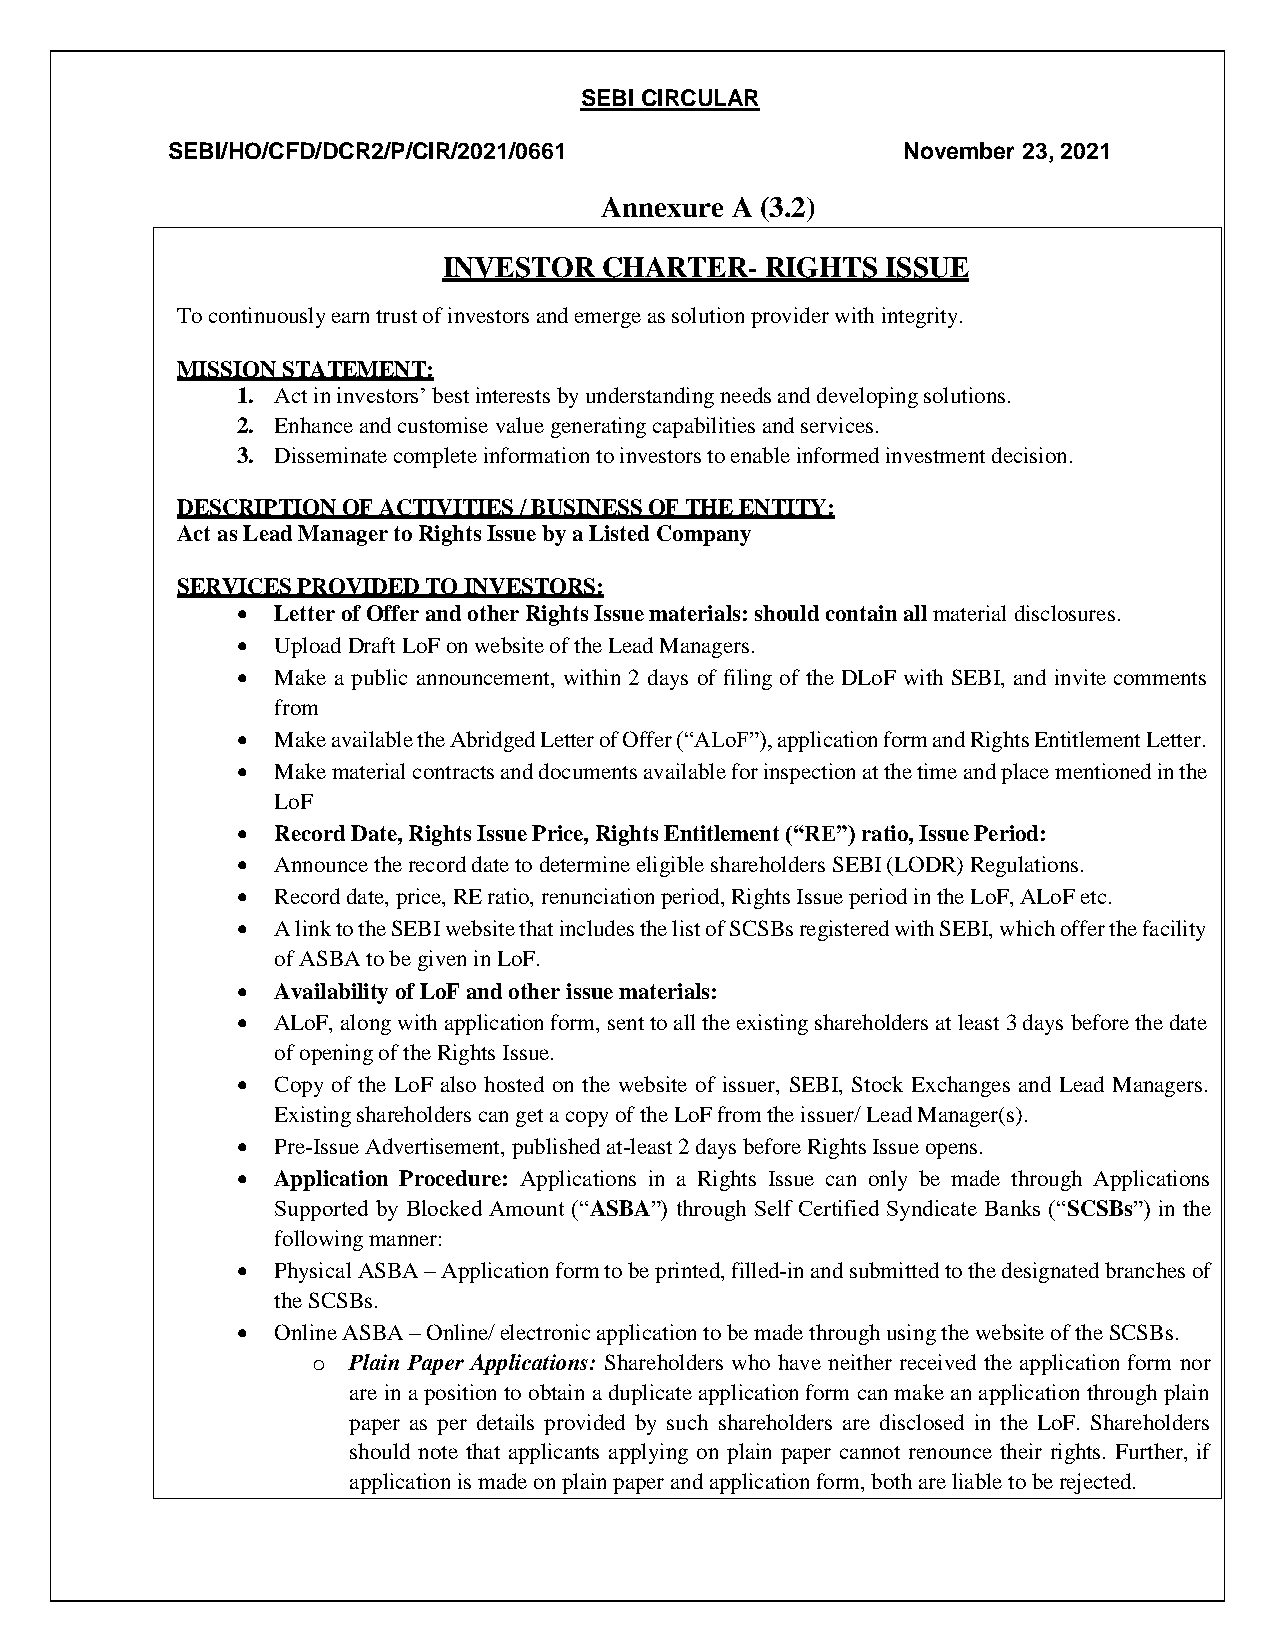
SEBI CIRCULAR
 SEBI/HO/CFD/DCR2/P/CIR/2021/0661                 November 23, 2021
 Annexure A (3.2)
 INVESTOR   CHARTER-   RIGHTS  ISSUE
 To continuously earn trust of investors and emerge as solution provider with integrity.
 MISSION STATEMENT:
 1. Act in investors’ best interests by understanding needs and developing solutions.
 2. Enhance and customise value generating capabilities and services.
 3. Disseminate complete information to investors to enable informed investment decision.
 DESCRIPTION OF ACTIVITIES / BUSINESS OF THE ENTITY:
 Act as Lead Manager to Rights Issue by a Listed Company
 SERVICES PROVIDED TO INVESTORS:
  Letter of Offer and other Rights Issue materials: should contain all material disclosures.
  Upload Draft LoF on website of the Lead Managers.
  Make a public announcement, within 2 days of filing of the DLoF with SEBI, and invite comments
 from
  Make available the Abridged Letter of Offer (“ALoF”), application form and Rights Entitlement Letter.
  Make material contracts and documents available for inspection at the time and place mentioned in the
 LoF
  Record Date, Rights Issue Price, Rights Entitlement (“RE”) ratio, Issue Period:
  Announce the record date to determine eligible shareholders SEBI (LODR) Regulations.
  Record date, price, RE ratio, renunciation period, Rights Issue period in the LoF, ALoF etc.
  A link to the SEBI website that includes the list of SCSBs registered with SEBI, which offer the facility
 of ASBA to be given in LoF.
  Availability of LoF and other issue materials:
  ALoF, along with application form, sent to all the existing shareholders at least 3 days before the date
 of opening of the Rights Issue.
  Copy of the LoF also hosted on the website of issuer, SEBI, Stock Exchanges and Lead Managers.
 Existing shareholders can get a copy of the LoF from the issuer/ Lead Manager(s).
  Pre-Issue Advertisement, published at-least 2 days before Rights Issue opens.
  Application Procedure: Applications in a Rights Issue can only be made through Applications
 Supported by Blocked Amount (“ASBA”) through Self Certified Syndicate Banks (“SCSBs”) in the
 following manner:
  Physical ASBA – Application form to be printed, filled-in and submitted to the designated branches of
 the SCSBs.
  Online ASBA – Online/ electronic application to be made through using the website of the SCSBs.
 o Plain Paper Applications: Shareholders who have neither received the application form nor
 are in a position to obtain a duplicate application form can make an application through plain
 paper as per details provided by such shareholders are disclosed in the LoF. Shareholders
 should note that applicants applying on plain paper cannot renounce their rights. Further, if
 application is made on plain paper and application form, both are liable to be rejected.